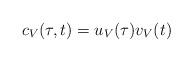
LaTeX: \begin{align*}c_V(\tau,t)=u_V(\tau)v_V(t)\end{align*}